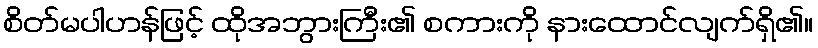
စိတ်မပါဟန်ဖြင့် ထိုအဘွားကြီး၏ စကားကို နားထောင်လျက်ရှိ၏။